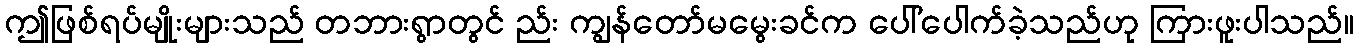
ဤဖြစ်ရပ်မျိုးများသည် တဘားရွာတွင် ည်း ကျွန်တော်မမွေးခင်က ပေါ်ပေါက်ခဲ့သည်ဟု ကြားဖူးပါသည်။